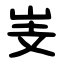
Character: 㞿